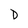
Character: D